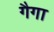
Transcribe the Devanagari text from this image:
गैगा